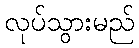
လုပ်သွားမည်